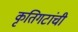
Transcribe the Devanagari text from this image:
कृतिगटांची